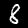
Label: 8